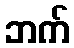
ဘက်